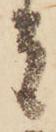
者